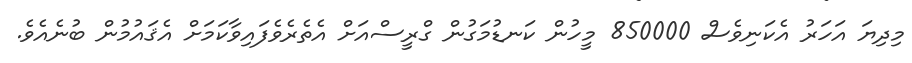
މިދިޔަ އަހަރު އެކަނިވެސް 850000 މީހުން ކަނޑުމަގުން ގްރީސްއަށް އެތެރެވެފައިވާކަމަށް އެޤައުމުން ބުނެއެވެ.